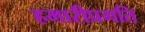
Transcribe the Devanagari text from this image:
हमारीप्रगति